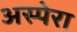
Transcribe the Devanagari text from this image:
अस्पेरा